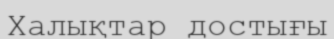
Халықтар достығы